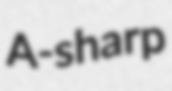
A-sharp